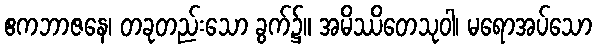
ဧကဘာဇနေ၊ တခုတည်းသော ခွက်၌။ အမိဿိတေသုဝါ၊ မရောအပ်သော